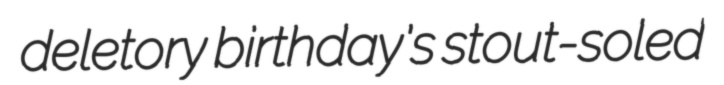
deletory birthday's stout-soled